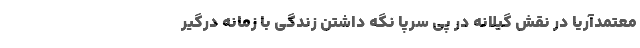
معتمدآريا در نقش گيلانه در پي سرپا نگه داشتن زندگي با زمانه درگير